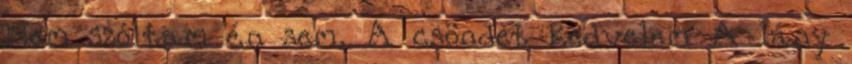
Nem szóltam én sem. A csöndet kedvelem A lány